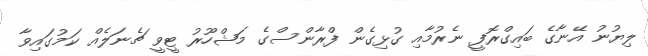
ލިޔުނު އޭނާގެ ބައިގްރޮފީ ނެރުމާއި ގުޅިގެން ފްރާންސްގެ މަޝްހޫރު ޓީވީ ޗެނަލެއް ކަމުގައިވާ